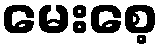
မေးစေ့